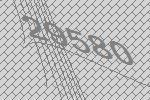
29580